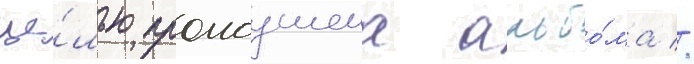
це́лью промоушена альбо́ма //